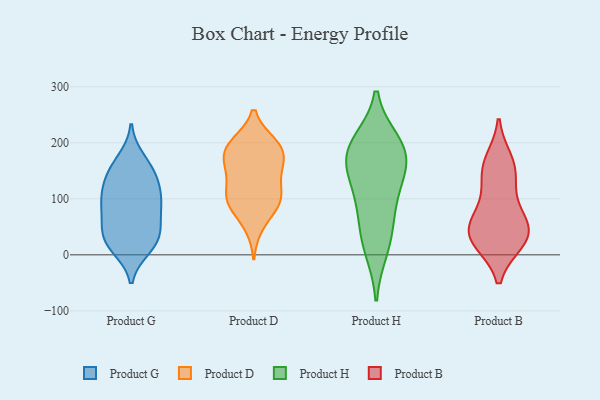
{"axis": {"x": "Latency (ms)", "y": "Value"}, "legend": ["Product B", "Product D", "Product G", "Product H"], "data": [{"x": "", "y": 170, "type": "Product G"}, {"x": "", "y": 105, "type": "Product G"}, {"x": "", "y": 92, "type": "Product G"}, {"x": "", "y": 122, "type": "Product G"}, {"x": "", "y": 154, "type": "Product G"}, {"x": "", "y": 46, "type": "Product G"}, {"x": "", "y": 22, "type": "Product G"}, {"x": "", "y": 90, "type": "Product G"}, {"x": "", "y": 27, "type": "Product G"}, {"x": "", "y": 47, "type": "Product G"}, {"x": "", "y": 13, "type": "Product G"}, {"x": "", "y": 21, "type": "Product G"}, {"x": "", "y": 69, "type": "Product G"}, {"x": "", "y": 137, "type": "Product G"}, {"x": "", "y": 95, "type": "Product G"}, {"x": "", "y": 147, "type": "Product G"}, {"x": "", "y": 94, "type": "Product D"}, {"x": "", "y": 150, "type": "Product D"}, {"x": "", "y": 162, "type": "Product D"}, {"x": "", "y": 172, "type": "Product D"}, {"x": "", "y": 197, "type": "Product D"}, {"x": "", "y": 99, "type": "Product D"}, {"x": "", "y": 141, "type": "Product D"}, {"x": "", "y": 188, "type": "Product D"}, {"x": "", "y": 52, "type": "Product D"}, {"x": "", "y": 97, "type": "Product D"}, {"x": "", "y": 112, "type": "Product D"}, {"x": "", "y": 198, "type": "Product D"}, {"x": "", "y": 193, "type": "Product D"}, {"x": "", "y": 91, "type": "Product D"}, {"x": "", "y": 105, "type": "Product H"}, {"x": "", "y": 200, "type": "Product H"}, {"x": "", "y": 158, "type": "Product H"}, {"x": "", "y": 176, "type": "Product H"}, {"x": "", "y": 34, "type": "Product H"}, {"x": "", "y": 182, "type": "Product H"}, {"x": "", "y": 10, "type": "Product H"}, {"x": "", "y": 135, "type": "Product H"}, {"x": "", "y": 74, "type": "Product H"}, {"x": "", "y": 195, "type": "Product H"}, {"x": "", "y": 25, "type": "Product B"}, {"x": "", "y": 96, "type": "Product B"}, {"x": "", "y": 153, "type": "Product B"}, {"x": "", "y": 24, "type": "Product B"}, {"x": "", "y": 167, "type": "Product B"}, {"x": "", "y": 36, "type": "Product B"}, {"x": "", "y": 59, "type": "Product B"}, {"x": "", "y": 143, "type": "Product B"}, {"x": "", "y": 52, "type": "Product B"}, {"x": "", "y": 37, "type": "Product B"}]}